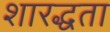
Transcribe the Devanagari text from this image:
शारद्धता